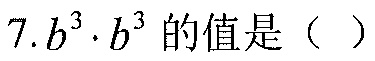
7.\(b^{3}\cdot b^{3}\)的值是（ ）